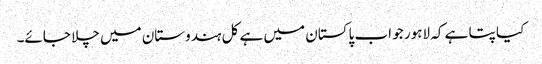
کیا پتا ہے کہ لاہور جو اب پاکستان میں ہے کل ہندوستان میں چلا جائے۔